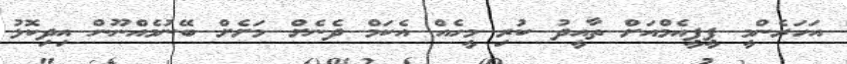
އަހަރެންމީ ޕީޕީއެމްއަށް ތާއީދު ކުރި މީހެއް އެކަމް ދެނެށް މަށެށް ބޭނުމެއްނޫން އިދިކޮޅު